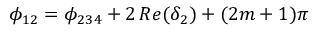
\phi _ { 1 2 } = \phi _ { 2 3 4 } + 2 \, R e ( \delta _ { 2 } ) + ( 2 m + 1 ) \pi